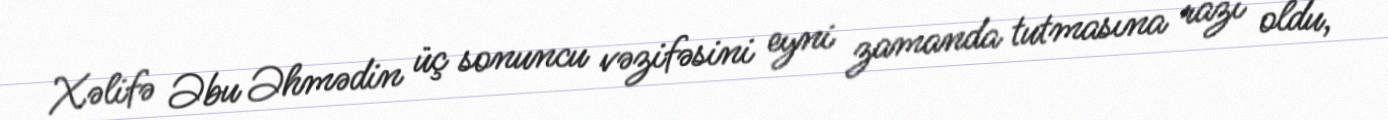
Xəlifə Əbu Əhmədin üç sonuncu vəzifəsini eyni zamanda tutmasına razı oldu,